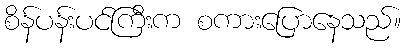
စိန်ပန်းပင်ကြီးက စကားပြောနေသည်။